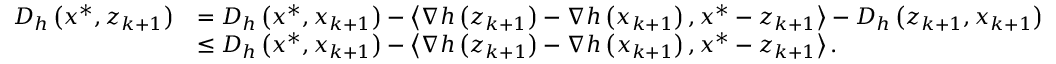
\begin{array} { r l } { D _ { h } \left( x ^ { * } , z _ { k + 1 } \right) } & { = D _ { h } \left( x ^ { * } , x _ { k + 1 } \right) - \left\langle \nabla h \left( z _ { k + 1 } \right) - \nabla h \left( x _ { k + 1 } \right) , x ^ { * } - z _ { k + 1 } \right\rangle - D _ { h } \left( z _ { k + 1 } , x _ { k + 1 } \right) } \\ & { \leq D _ { h } \left( x ^ { * } , x _ { k + 1 } \right) - \left\langle \nabla h \left( z _ { k + 1 } \right) - \nabla h \left( x _ { k + 1 } \right) , x ^ { * } - z _ { k + 1 } \right\rangle . } \end{array}